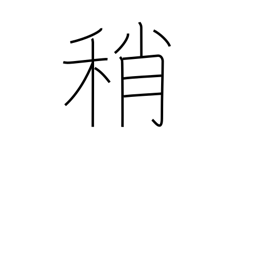
Meaning: slightly